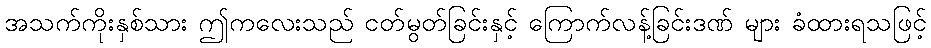
အသက်ကိုးနှစ်သား ဤကလေးသည် ငတ်မွတ်ခြင်းနှင့် ကြောက်လန့်ခြင်းဒဏ် များ ခံထားရသဖြင့်